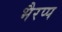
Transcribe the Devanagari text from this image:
भैरप्प